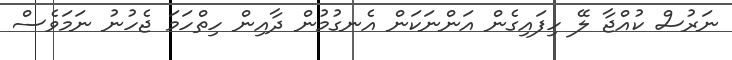
ނަރުސް ކުއްޖާ ލޭ ހިފައިގެން އަންނަކަން އެނގުމުން ދާއިން ހިތްހަމަ ޖެހުނު ނަމަވެސް